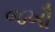
જખૌ